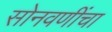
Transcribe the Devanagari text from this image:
सोनवणींचा